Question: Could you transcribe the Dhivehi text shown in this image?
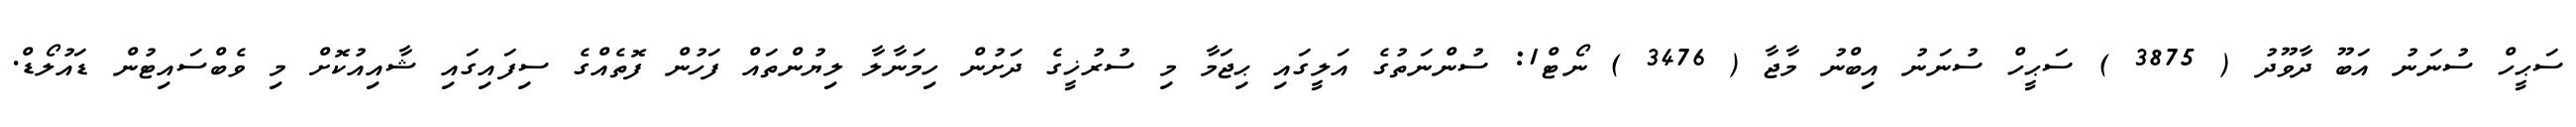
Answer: ސަޙީހް ސުނަނު އަބޫ ދާވޫދު ( 3875 ) ސަޙީހް ސުނަނު އިބްނު މާޖާ ( 3476 ) ނޯޓް1: ސުންނަތުގެ އަލީގައި ޙިޖަމާ މި ސުރުޚީގެ ދަށުން ހިމަނާލާ ލިޔުންތައް ފަހުން ފޮތެއްގެ ސިފައިގައި ޝާއިއުކޮށް މި ވެބްސައިޓުން ޑައުލޯޑް.